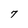
Character: 7